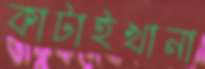
কাটাইখানা